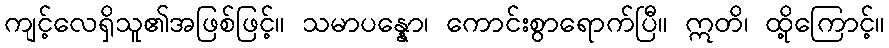
ကျင့်လေရှိသူ၏အဖြစ်ဖြင့်။ သမာပန္နော၊ ကောင်းစွာရောက်ပြီ။ ဣတိ၊ ထို့ကြောင့်။